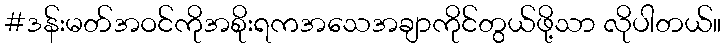
#ဒန်းမတ်အဝင်ကိုအစိုးရကအသေအချာကိုင်တွယ်ဖို့သာ လိုပါတယ်။